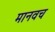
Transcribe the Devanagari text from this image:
मानवच